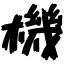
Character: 機